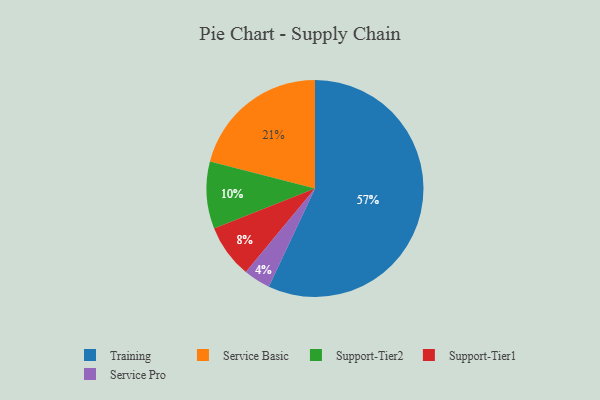
{"axis": {"x": "Category", "y": "Percentage"}, "legend": ["Service Basic", "Service Pro", "Support-Tier1", "Support-Tier2", "Training"], "data": [{"x": "Support-Tier2", "y": 10, "type": "Support-Tier2"}, {"x": "Training", "y": 57, "type": "Training"}, {"x": "Service Pro", "y": 4, "type": "Service Pro"}, {"x": "Support-Tier1", "y": 8, "type": "Support-Tier1"}, {"x": "Service Basic", "y": 21, "type": "Service Basic"}]}